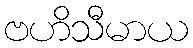
ဗဟိသီမာယ